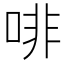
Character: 啡